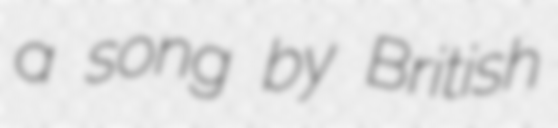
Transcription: a song by British